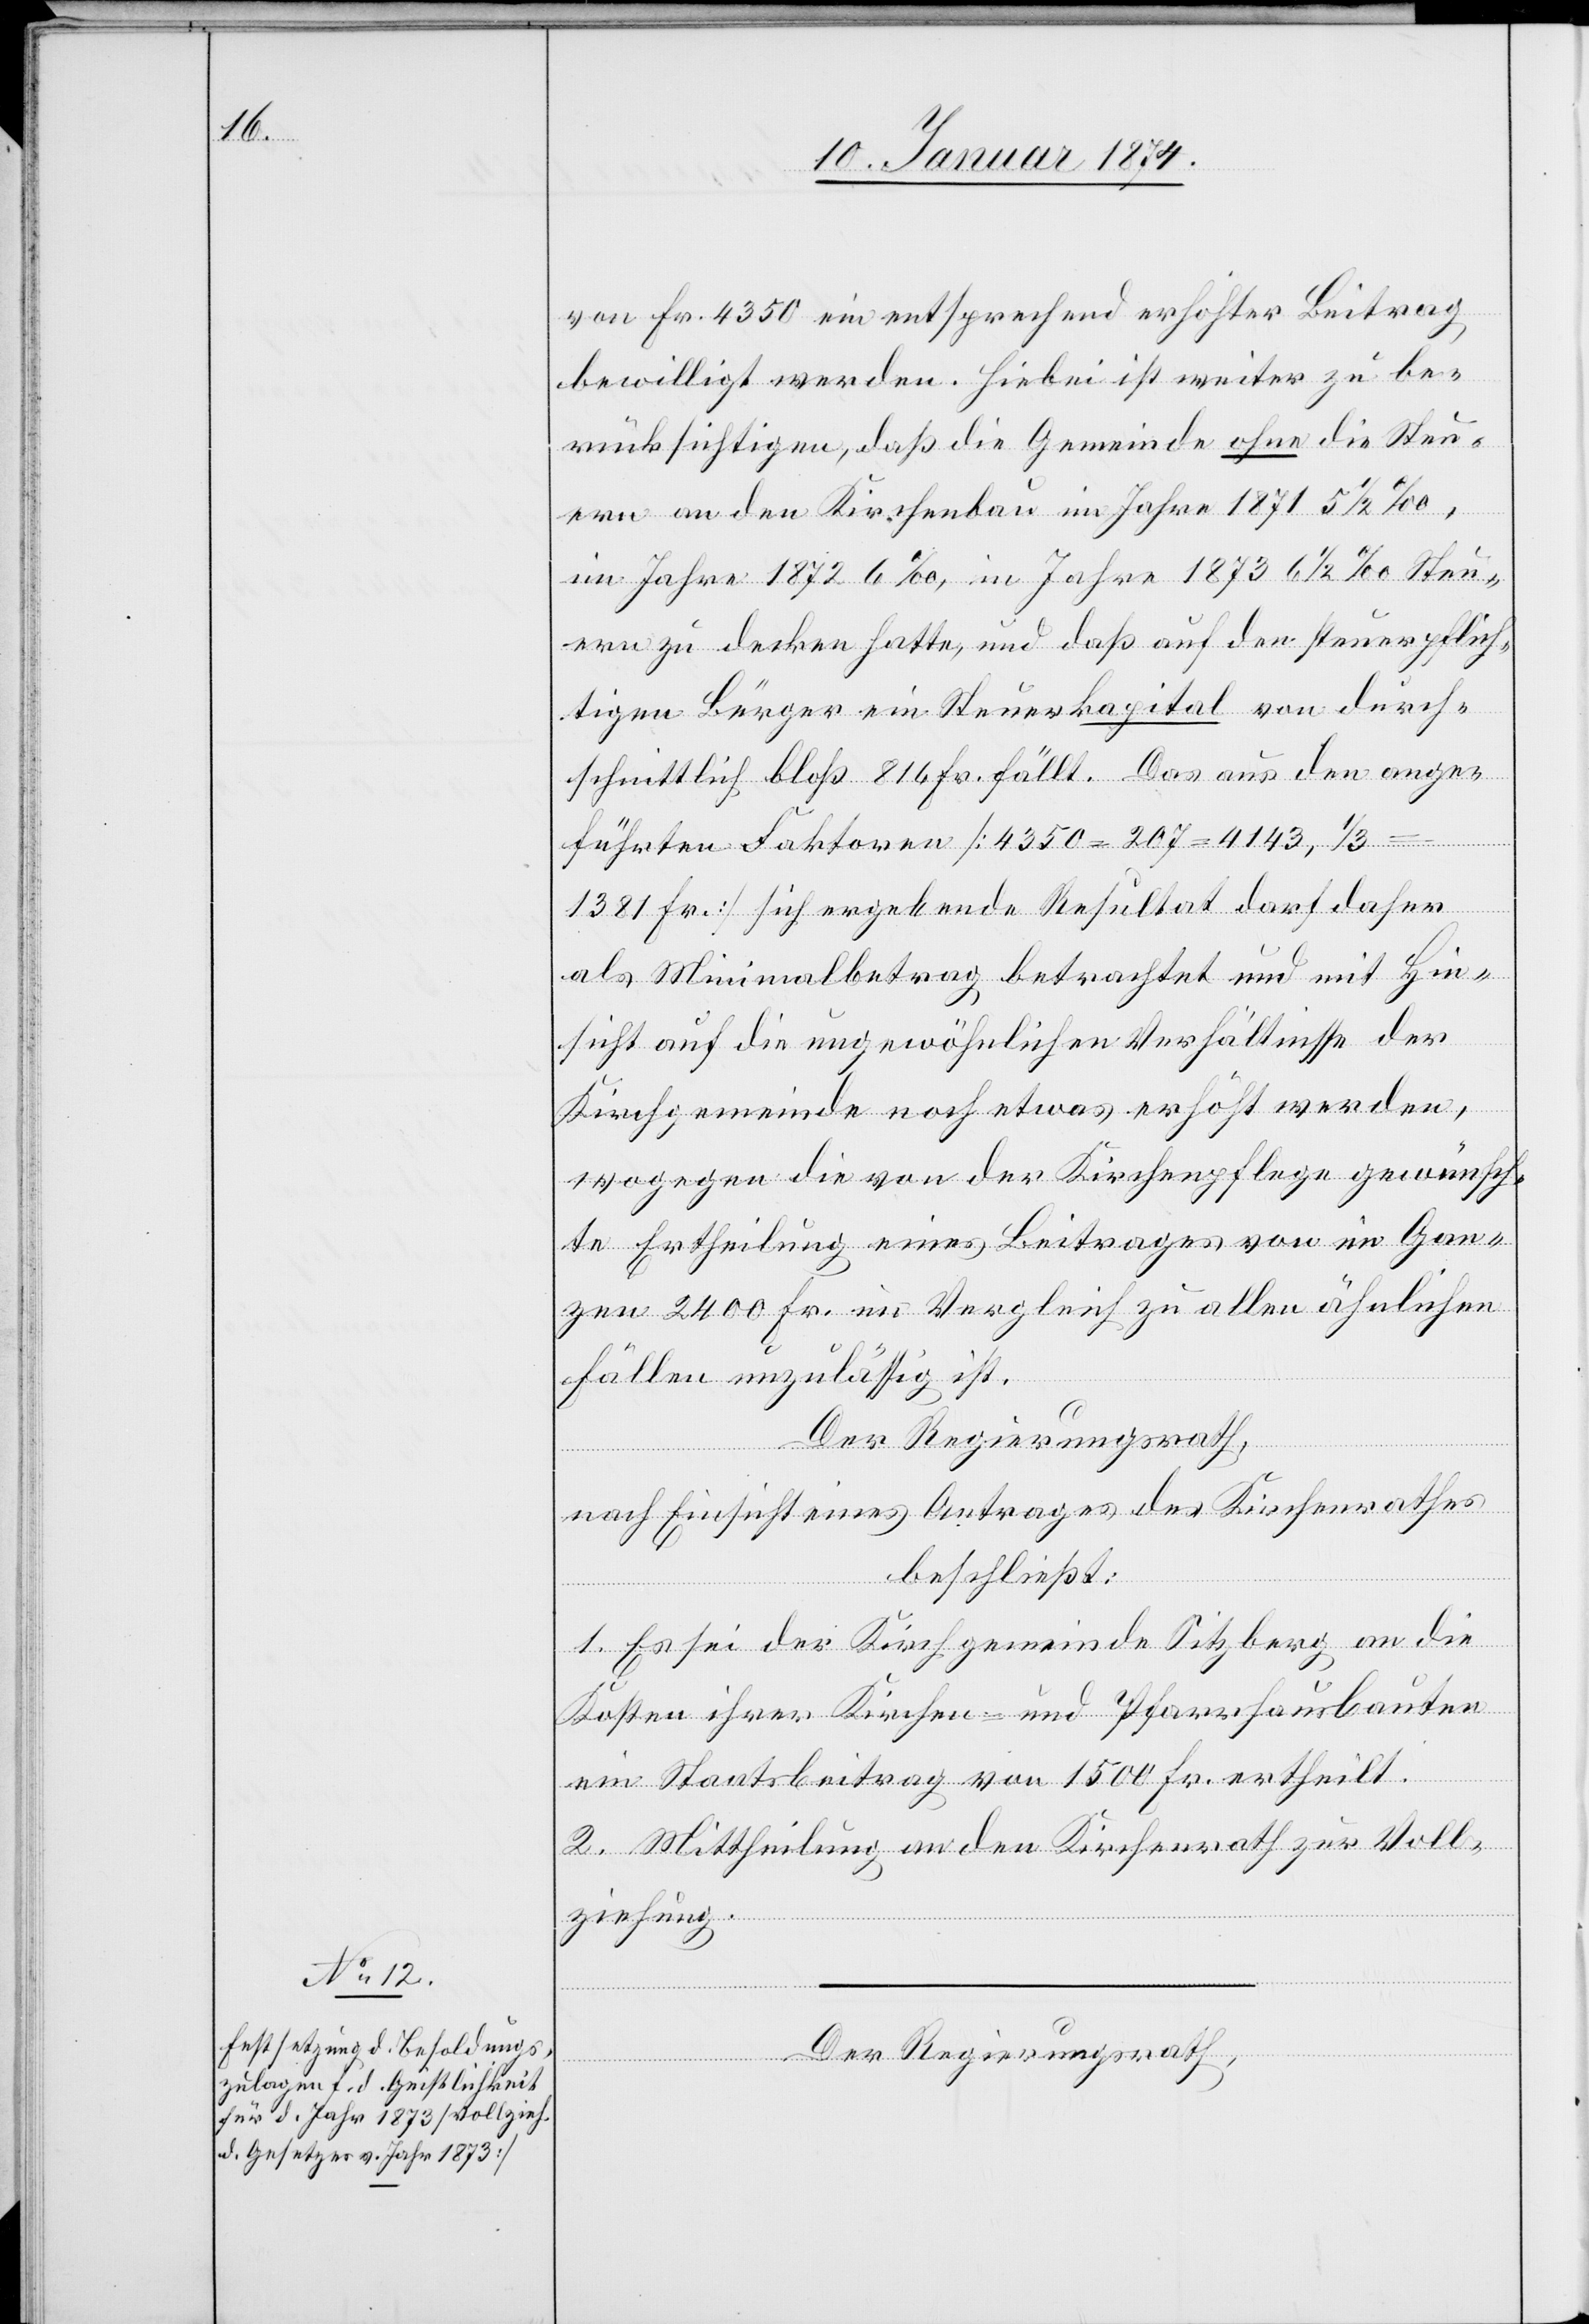
von Fr. 4350 ein entsprechend erhöhter Beitrag
bewilligt werden. Hiebei ist weiter zu be¬
rücksichtigen, daß die Gemeinde ohne die Steu¬
ern an den Kirchenbau im Jahre 1871 5 ½ ‰,
im Jahre 1872 6‰, im Jahre 1873 6 ½ ‰ Steu¬
ern zu decken hatte, und daß auf der Steuerpflich¬
tigen Bürger ein Steuerkapital von durch¬
schnittlich bloß 816 Fr. fällt. Das aus den ange¬
führten Faktoren [4350–207–4143, 1/3
1381 Fr.] sich ergebende Resultat darf daher
als Minimalbetrag betrachtet und mit Hin¬
sicht auf die ungewöhnlichen Verhältnisse der
Kirchgemeinde noch etwas erhöht werden,
wogegen die von der Kirchenpflege gewünsch¬
te Ertheilung eines Beitrages von im Gan¬
zen 2400 Fr. im Vergleich zu allen ähnlichen
Fällen unzulässig ist.
Der Regierungsrath,
nach Einsicht eines Antrages des Kirchenrathes
beschließt:
1. Es sei der Kirchgemeinde Sitzberg an die
Kosten ihrer Kirche- und Pfarrhausbauten
ein Staatsbeitrag von 1500 Fr. ertheilt.
2. Mittheilung an den Kirchenrath zur Voll¬
ziehung.
Der Regierungsrath,